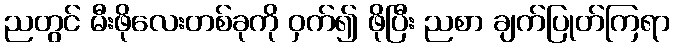
ညတွင် မီးဖိုလေးတစ်ခုကို ဝှက်၍ ဖိုပြီး ညစာ ချက်ပြုတ်ကြရာ